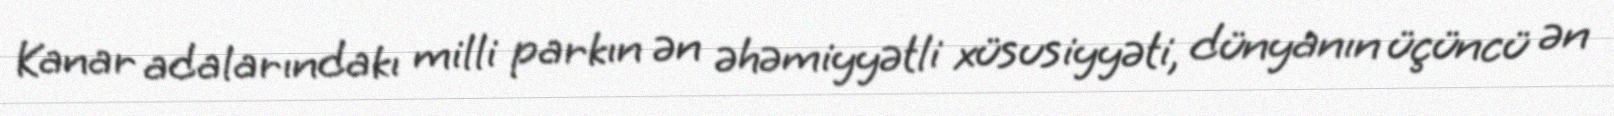
Kanar adalarındakı milli parkın ən əhəmiyyətli xüsusiyyəti, dünyanın üçüncü ən